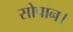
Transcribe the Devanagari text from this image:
सोपान।